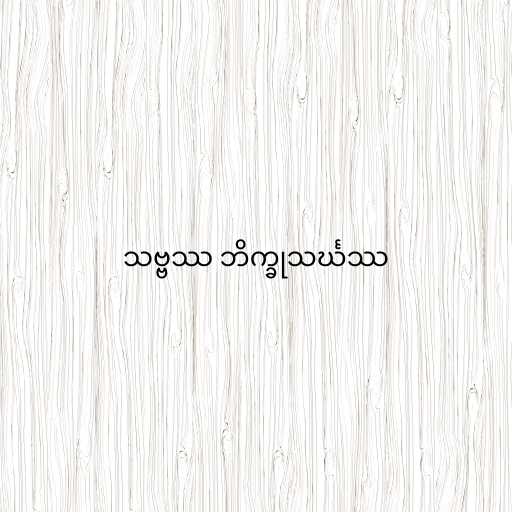
သဗ္ဗဿ ဘိက္ခုသင်္ဃဿ